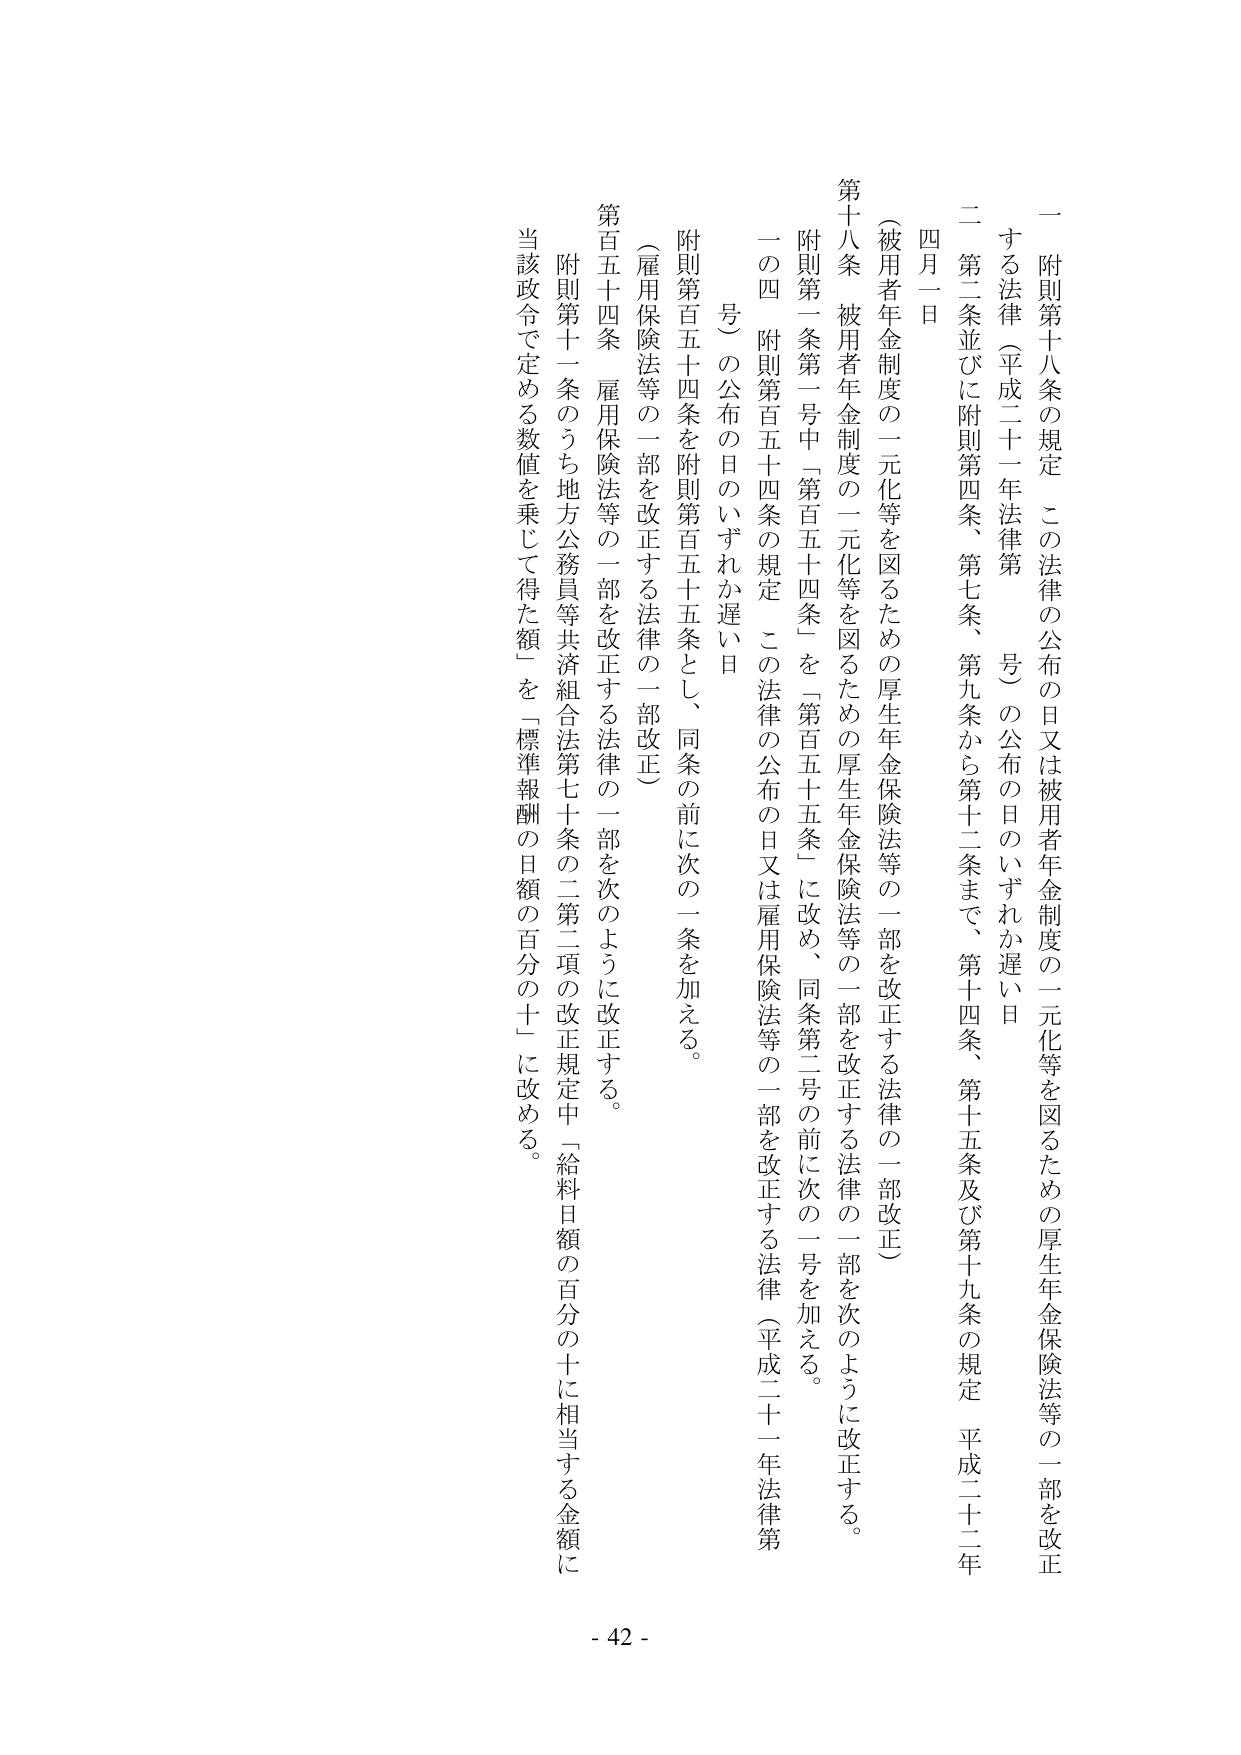
一 附則第十八条の規定 この法律の公布の日又は被用者年金制度の一元化等を図るための厚生年金保険法等の一部を改正する法律（平成二十一年法律第 号）の公布の日のいずれか遅い日

二 第二条並びに附則第四条、第七条、第九条から第十二条まで、第十四条、第十五条及び第十九条の規定 平成二十二年四月一日

（被用者年金制度の一元化等を図るための厚生年金保険法等の一部を改正する法律の一部改正）

第十八条 被用者年金制度の一元化等を図るための厚生年金保険法等の一部を改正する法律の一部を次のように改正する。

附則第一条第一号中「第百五十四条」を「第百五十五条」に改め、同条第二号の前に次の一号を加える。

一の四 附則第百五十四条の規定 この法律の公布の日又は雇用保険法等の一部を改正する法律（平成二十一年法律第 号）の公布の日のいずれか遅い日

附則第百五十四条を附則第百五十五条とし、同条の前に次の一条を加える。

（雇用保険法等の一部を改正する法律の一部改正）

第百五十四条 雇用保険法等の一部を改正する法律の一部を次のように改正する。

附則第十一条のうち地方公務員等共済組合法第七十条の二第二項の改正規定中「給料日額の百分の十に相当する金額に当該政令で定める数値を乗じて得た額」を「標準報酬の日額の百分の十」に改める。

- 42 -